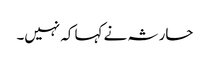
حارثہ نے کہا کہ نہیں۔